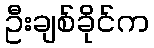
ဦးချစ်ခိုင်က